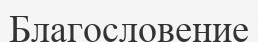
Благословение